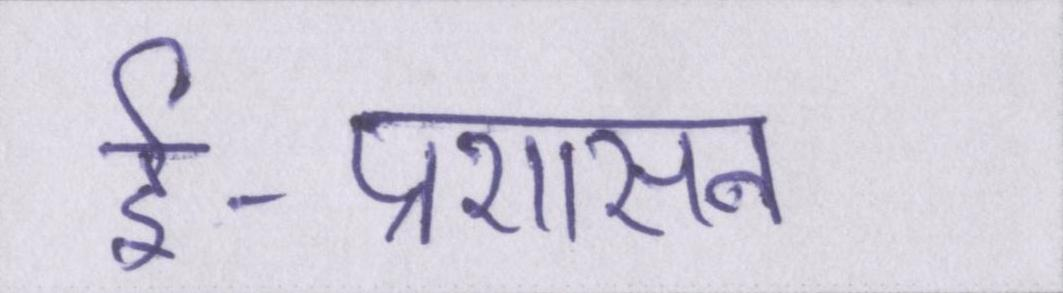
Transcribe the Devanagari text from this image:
ई-प्रशासन